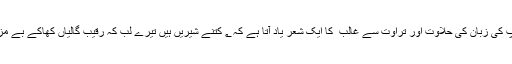
مجھے آپ کی زبان کی حلاوت اور تراوت سے غالب ؔ کا ایک شعر یاد آتا ہے کہ ؂ کتنے شیریں ہیں تیرے لب کہ رقیب گالیاں کھاکے بے مزہ نہ ہوا ۔